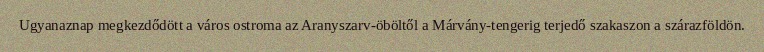
Ugyanaznap megkezdődött a város ostroma az Aranyszarv-öböltől a Márvány-tengerig terjedő szakaszon a szárazföldön.